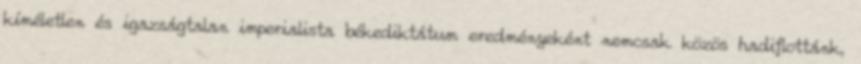
kíméletlen és igazságtalan imperialista békediktátum eredményeként nemcsak közös hadiflottánk,